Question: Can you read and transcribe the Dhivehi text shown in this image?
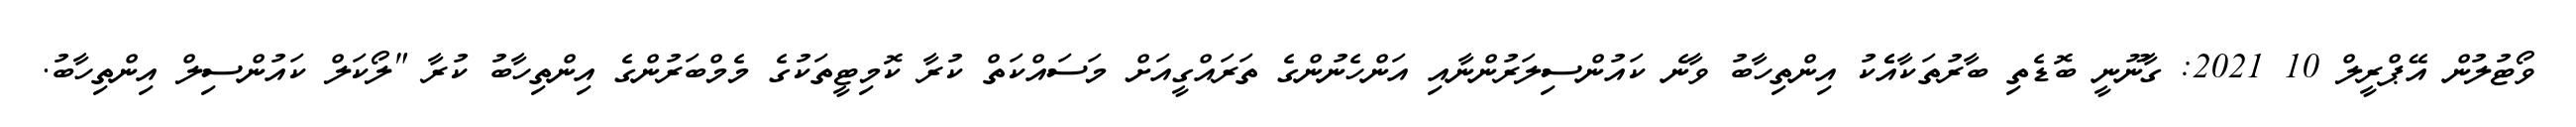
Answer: ވޯޓުލުން އޭޕްރީލް 10 2021: ގާނޫނީ ބޮޑެތި ބާރުތަކާއެެކު އިންތިހާބު ވާނެ ކައުންސިލަރުންނާއި އަންހެނުންގެ ތަރައްގީއަށް މަސައްކަތް ކުރާ ކޮމިޓީތަކުގެ މެމްބަރުންގެ އިންތިހާބު ކުރާ "ލޯކަލް ކައުންސިލް އިންތިހާބު.